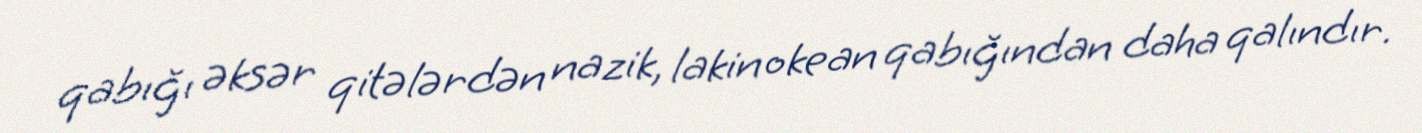
qabığı əksər qitələrdən nazik, lakin okean qabığından daha qalındır.